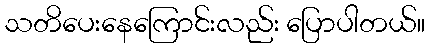
သတိပေးနေကြောင်းလည်း ပြောပါတယ်။